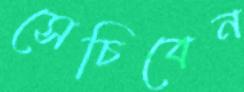
সেচিবেন